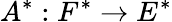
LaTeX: A^{*}:F^{*}\to E^{*}